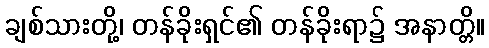
ချစ်သားတို့၊ တန်ခိုးရှင်၏ တန်ခိုးရာ၌ အနာတ္တိ။